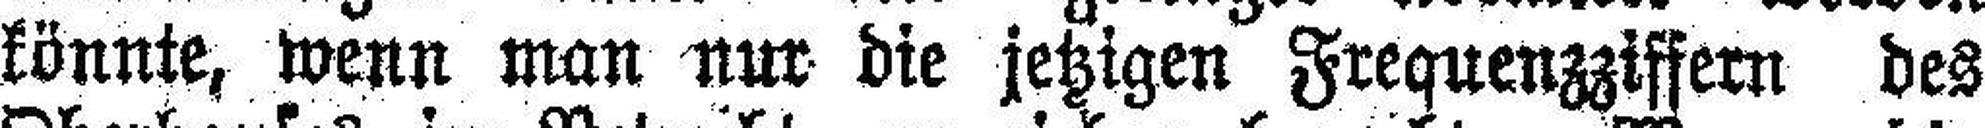
könnte, wenn man nur die jetzigen Frequenzziffern des